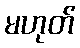
မဟုတ်